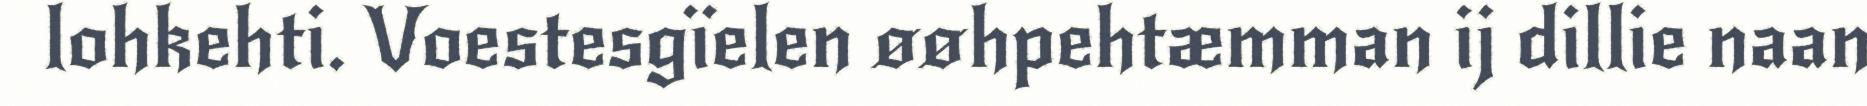
lohkehti. Voestesgïelen øøhpehtæmman ij dillie naan